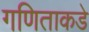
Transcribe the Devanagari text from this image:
गणिताकडे